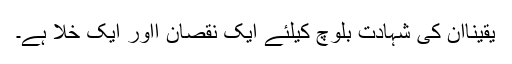
یقیناًاُن کی شہادت بلوچ کیلئے ایک نقصان ااور ایک خلا ہے۔